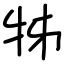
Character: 牬